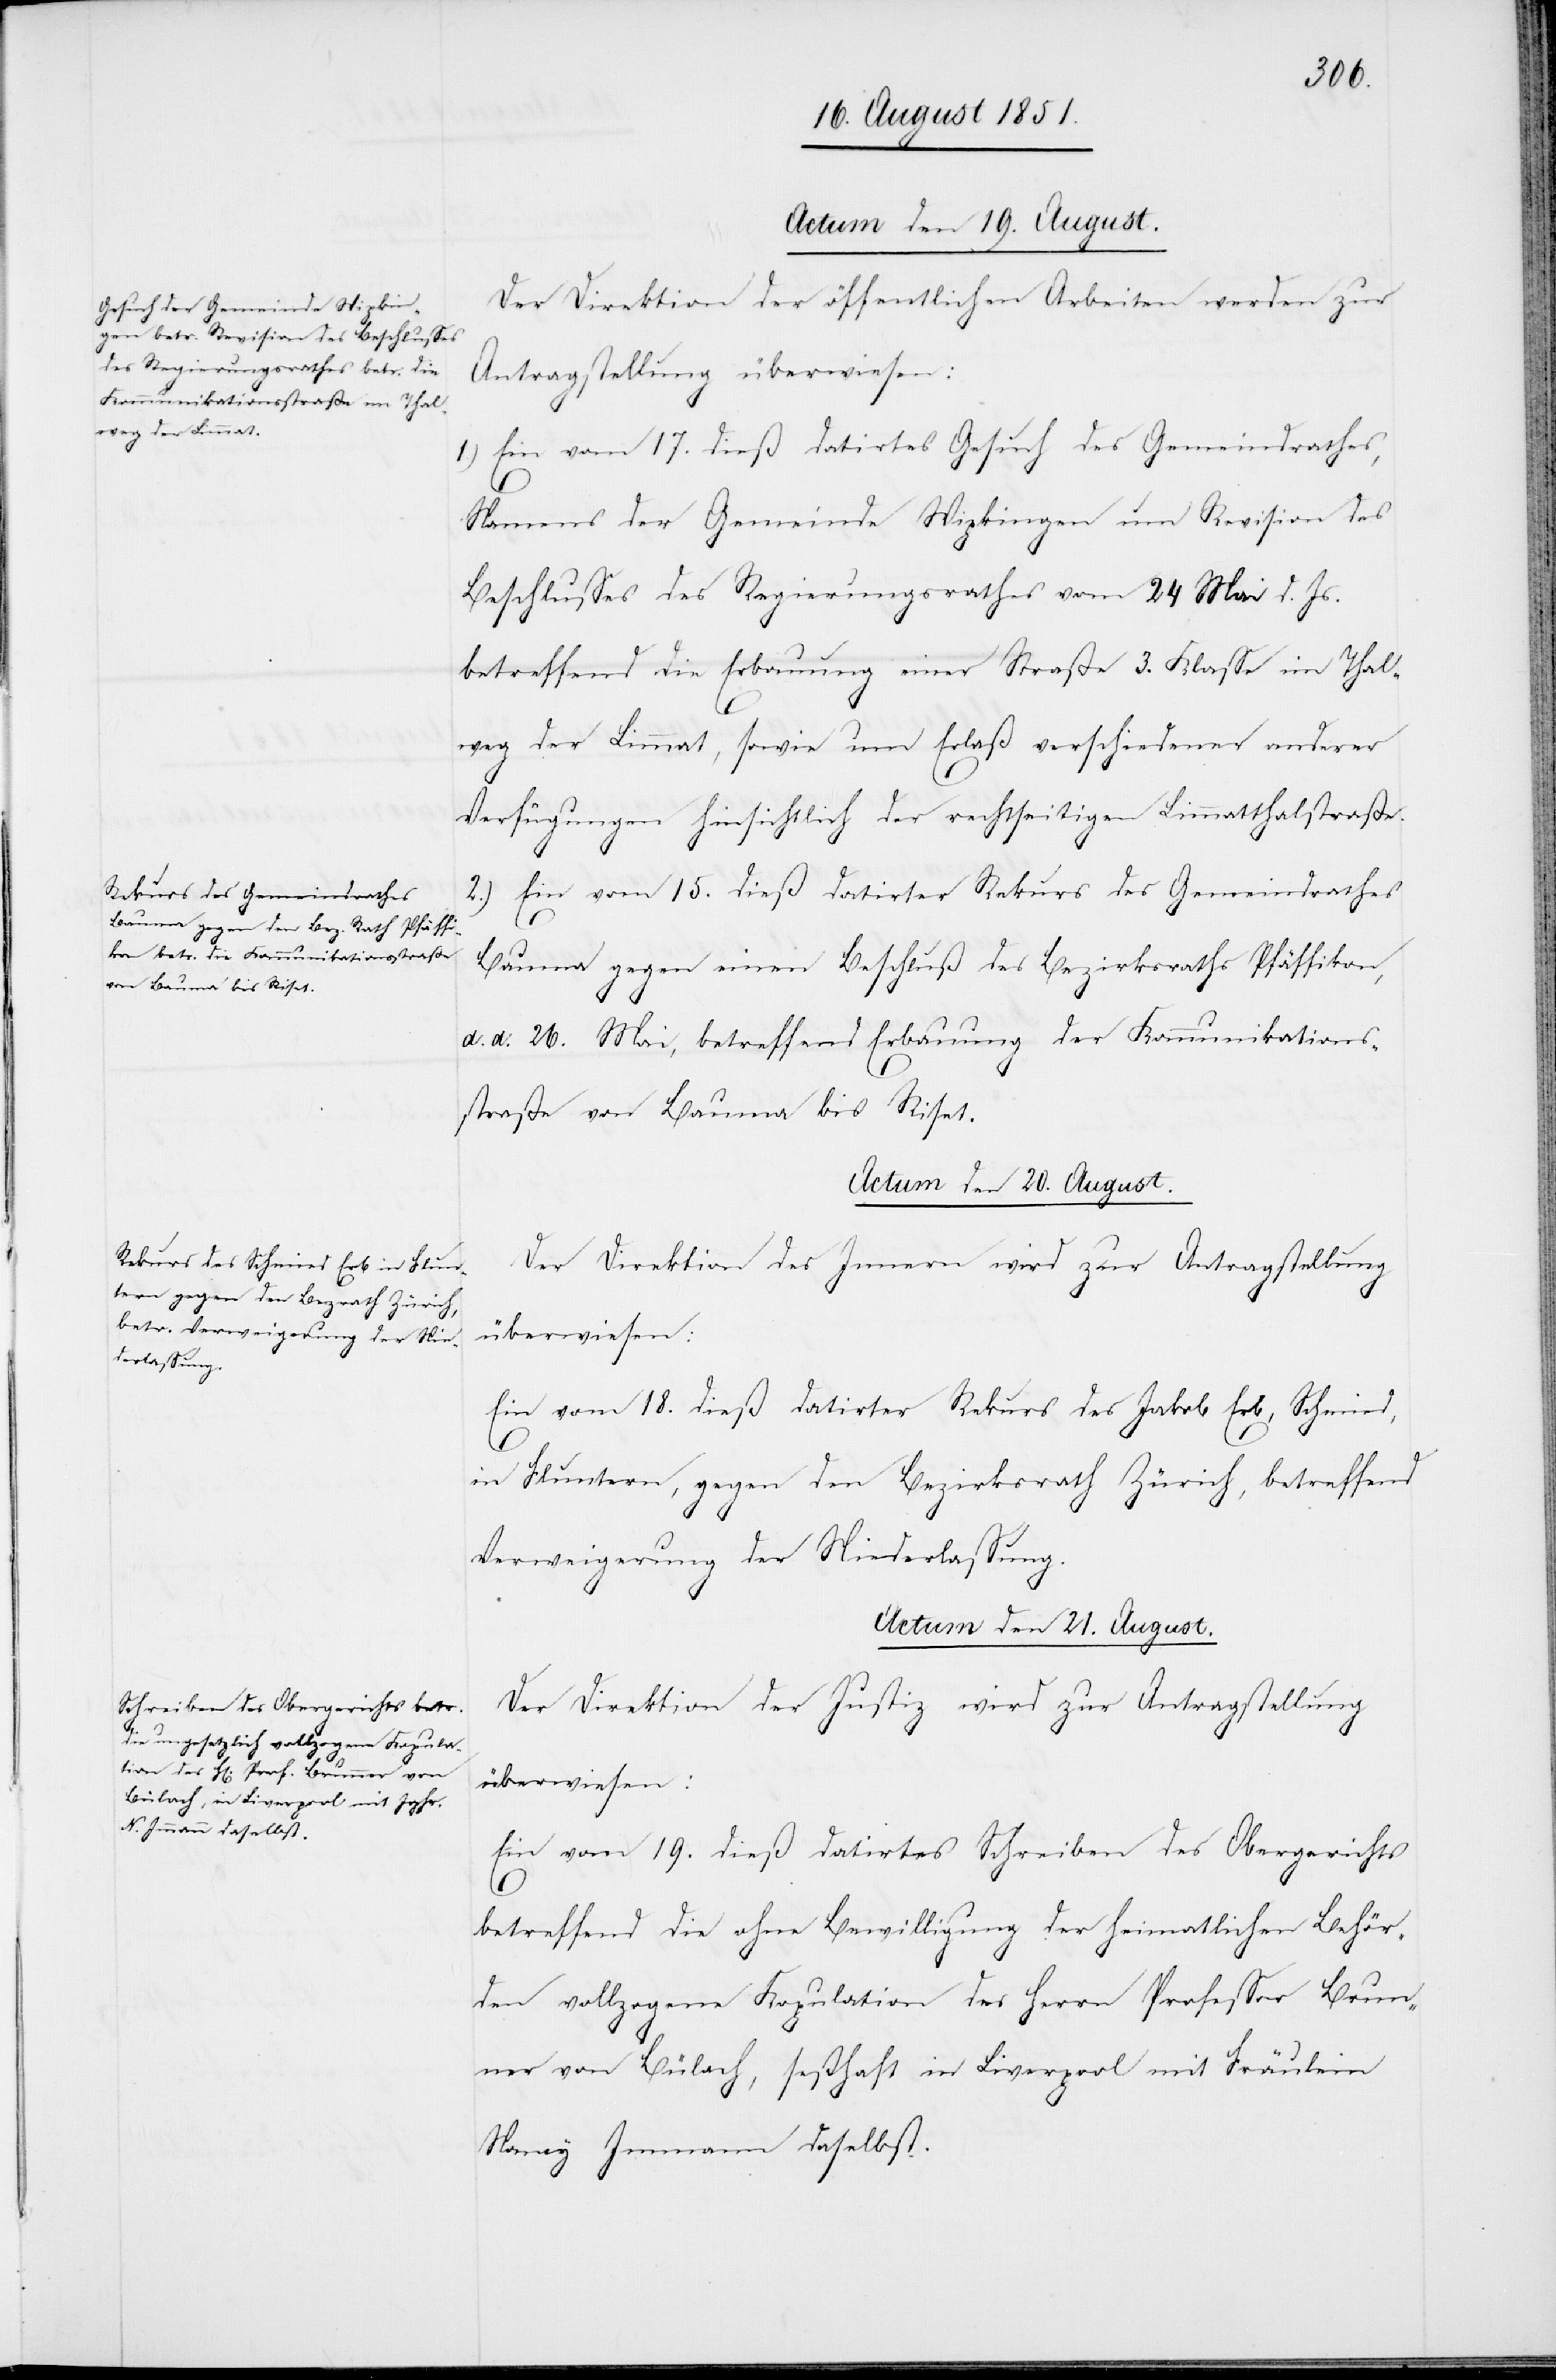
Actum den 19. August.
Der Direktion der öffentlichen Arbeiten werden zur
Antragstellung überwiesen:
1.) Ein vom 17. dieß datirtes Gesuch des Gemeindrathes,
Namens der Gemeinde Wipkingen um Revision des
Beschlusses des Regierungsrathes vom 24. Mai d. Js.
betreffend die Erbauung einer Straße 3. Klasse im Thal¬
weg der Limmat, sowie um Erlaß verschiedener anderer
Verfügungen hinsichtlich der rechtseitigen Limmatthalstraße.
2.) Ein vom 15. dieß datirter Rekurs des Gemeindrathes
Bauma gegen einen Beschluß des Bezirksraths Pfäffikon,
d. d. 26. Mai, betreffend Erbauung der Kommunikations¬
straße von Bauma bis Riset.
Actum den 20. August.
Der Direktion des Innern wird zur Antragstellung
überwiesen:
Ein vom 18. dieß datirter Rekurs des Jakob Erb, Schmied,
in Fluntern, gegen den Bezirksrath Zürich, betreffend
Verweigerung der Niederlassung.
Actum den 21. August.
Der Direktion der Justiz wird zur Antragstellung
überwiesen:
Ein vom 19. dieß datirtes Schreiben des Obergerichts
betreffend die ohne Bewilligung der heimatlichen Behör¬
den vollzogene Kopulation des Herrn Professor Brun¬
ner von Bülach, seßhaft in Liverpool mit Fräulein
Nancy Immann daselbst.